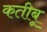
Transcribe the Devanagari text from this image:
कतीबू